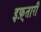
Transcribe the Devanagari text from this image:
इफ़्तारी